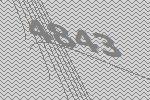
4843